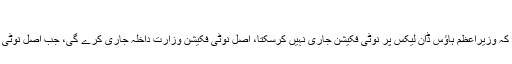
nisar about -dawn-leaks
اسلام آباد: وزیر داخلہ چوہدری نثار نے کہا ہے کہ وزیراعظم ہاؤس ڈان لیکس پر نوٹی فکیشن جاری نہیں کرسکتا، اصل نوٹی فکیشن وزارت داخلہ جاری کرے گی، جب اصل نوٹی فکیشن جاری ہی نہیں ہوا تو بھونچال کیوں آگیا؟